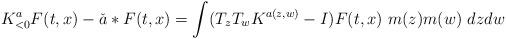
LaTeX: \begin{align*} K^a_{<0}F(t,x) - \check a*F(t, x) = \int (T_z T_w K^{a(z,w)} - I)F(t,x) \ m(z) m(w) \ dz dw \end{align*}